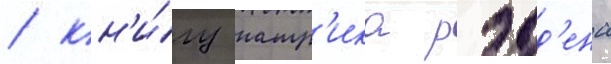
/ кн'и́гу патр'ика рэдд'ена